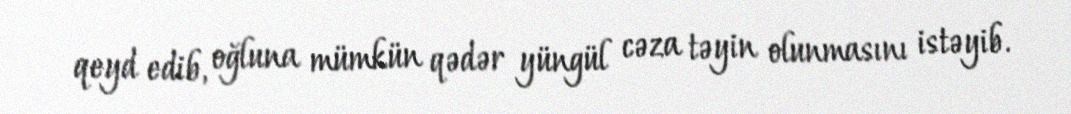
qeyd edib, oğluna mümkün qədər yüngül cəza təyin olunmasını istəyib.